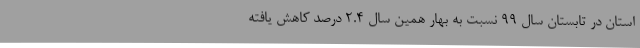
استان در تابستان سال 99 نسبت به بهار همین سال 2.4 درصد کاهش یافته